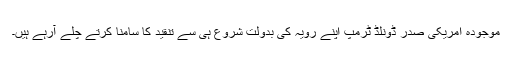
موجودہ امریکی صدر ڈونلڈ ٹرمپ اپنے رویہ کی بدولت شروع ہی سے تنقید کا سامنا کرتے چلے آرہے ہیں۔